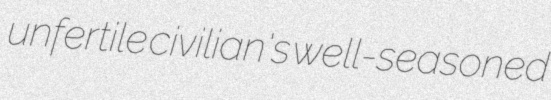
unfertile civilian's well-seasoned